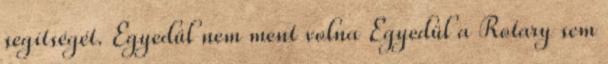
segítségét. Egyedül nem ment volna Egyedül a Rotary sem